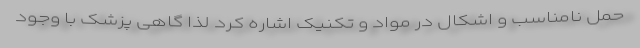
حمل نامناسب و اشکال در مواد و تکنیک اشاره کرد لذا گاهی پزشک با وجود